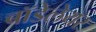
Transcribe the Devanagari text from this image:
बॉडेलेयर